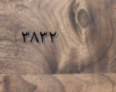
٣٨٣٢